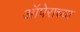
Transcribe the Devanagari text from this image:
ऑपेराच्या